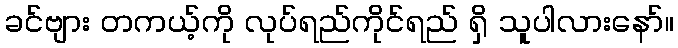
ခင်ဗျား တကယ့်ကို လုပ်ရည်ကိုင်ရည် ရှိ သူပါလားနော်။